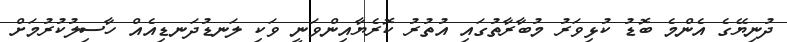
ދުނިޔޭގެ އެންމެ ބޮޑު ކުޅިވަރު މުބާރާތުގައި އުތުރު ކޮރެޔާއިންވަނީ ވަކި ލަނޑުދަނޑިއެއް ހާސިލުކުރުމަށް